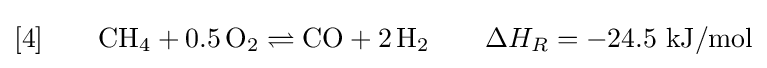
[4]\qquad \mathrm {CH} _{4}+0.5\,\mathrm {O} _{2}\rightleftharpoons \mathrm {CO} +2\,\mathrm {H} _{2}\qquad \Delta H_{R}=-24.5\ \mathrm {kJ/mol}